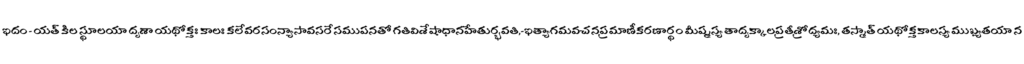
ఇదం - యత్ కిల స్థూలయా దృశా యథోక్తః కాలః కలేవరసంన్యాసావసరే సముపనతో గతివిశేషాధానహేతుర్భవతి,-ఇత్యాగమవచనప్రమాణీకరణార్థం మీష్మస్య తాదృక్కాలప్రతీశ్రోద్యమః, తస్మాత్ యథోక్తకాలస్య ముఖ్యతయా న